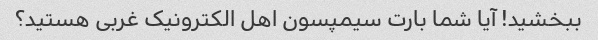
ببخشید! آیا شما بارت سیمپسون اهل الکترونیک غربی هستید؟